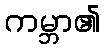
ကမ္ဘာ၏